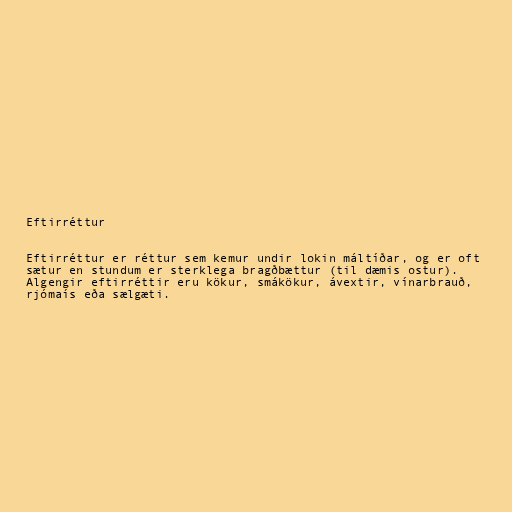
Eftirréttur

Eftirréttur er réttur sem kemur undir lokin máltíðar, og er oft
sætur en stundum er sterklega bragðbættur (til dæmis ostur).
Algengir eftirréttir eru kökur, smákökur, ávextir, vínarbrauð,
rjómaís eða sælgæti.